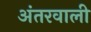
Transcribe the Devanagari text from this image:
अंतरवाली